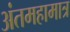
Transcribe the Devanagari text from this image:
अंतमहामात्र